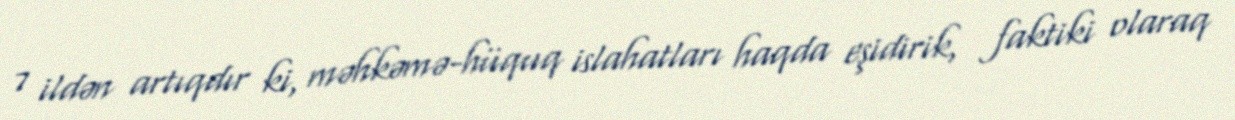
7 ildən artıqdır ki, məhkəmə-hüquq islahatları haqda eşidirik, faktiki olaraq